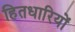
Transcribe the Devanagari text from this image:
हितधारियों